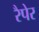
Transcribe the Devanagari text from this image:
रैपेर